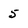
Character: 5